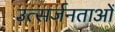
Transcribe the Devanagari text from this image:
उत्सर्जनताओं